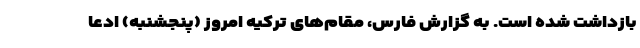
بازداشت شده است. به گزارش فارس، مقام‌های ترکیه امروز (پنجشنبه) ادعا